Annual statistical returns and brief notes on vaccination in Bengal - 1887-1898
Year: 1887
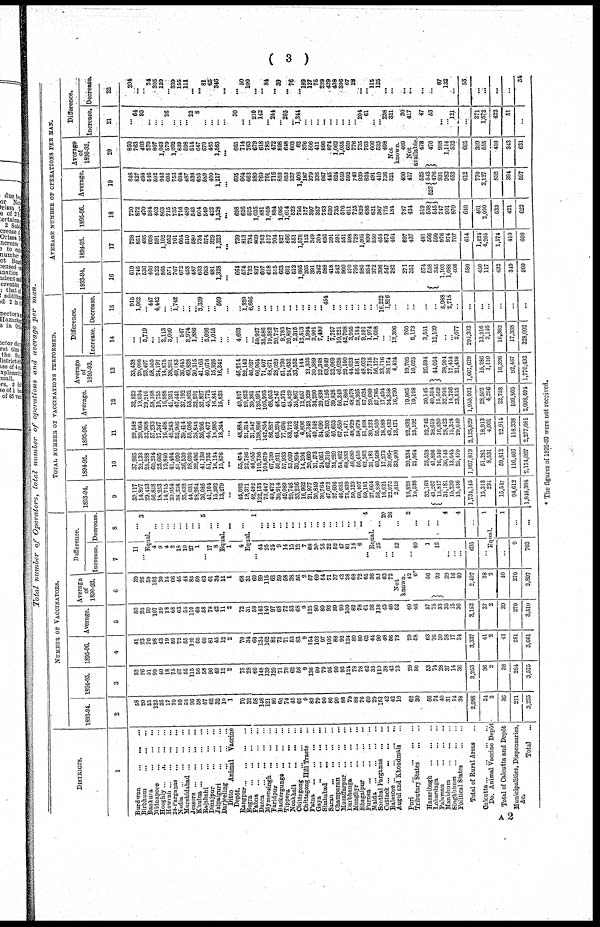
( 3 )
Total number of Operators, total number of operations and average per
man.
DISTRICTS.
1
Burdwan
...
...
...
Birbhum
...
...
...
Bankura
...
...
...
Midnapore
...
...
...
Hooghly... ... ... ...
Howrah
...
...
...
...
24-Parganas
...
... ...
Nadia
...
...
...
...
Murshidabad ... ... ...
Jessore
...
...
...
...
Khulna ...
...
...
...
Rajshahi ... ... ... ...
Dinajpur ... ... ...
Jalparguri
...
...
...
Darjeeling
...
...
...
Ditto Animal
Vaccine
Depôt.
Rangpur
...
...
...
...
Bogra
...
...
...
...
Pabna
...
...
...
...
Dacca
...
...
...
...
Mymenaingh ...
...
...
Faridpur
...
...
...
Backergunga
...
...
...
Tippera
...
...
...
Noakhali
...
...
...
Chittagong
...
...
...
Chittagong Bill Tracts ...
Patna
...
...
...
...
Gaya
...
...
...
...
Shahabad
...
...
...
Saran
...
...
...
...
Champaran
...
...
...
Muzaffarpur
...
...
...
Darbhanga
...
...
...
Monghyr
...
...
...
Bhagalpur
...
...
...
Purnea
...
...
...
...
Malda
...
...
...
...
Sonthal Parganas ... ...
Cuttack ...
...
... ...
Balasore
...
...
...
...
Augul and Khondmals ...
Puri
...
...
...
...
Tributary States
...
...
Hazaribagh
...
...
...
Lohardaga
...
...
...
Palamau
...
...
...
Manbhum
...
...
...
Singhbhum
...
...
...
Political States
...
...
Total of Rural Areas ...
Calcutta
...
...
...
...
Do. Animal Vaccine Depôt
Total of Calcutta and Depôt
Municipalities, Dispensaries,
&c.
Total
...
NUMBER OF VACCINATORS.
1893-94.
2
58
20
55
122
35
17
70
50
53
96
58
57
62
32
10
1
70
32
58
146
121
80
60
74
45
65
9
83
79
90
80
90
86
79
88
76
60
29
153
42
42
10
62
30
56
74
40
31
14
38
2,988
34
2
36
271
3,295
1894-95.
3
52
26
51
99
40
18
75
67
55
115
56
56
90
49
12
2
75
28
60
148
139
129
71
70
62
56
9
136
90
79
95
90
92
124
78
78
62
35
110
38
42
73
29
50
53
74
28
37
14
36
3,253
36
2
38
284
3,575
1895-96.
4
41
23
70
98
43
19
59
72
55
120
66
60
81
45
12
2
70
34
60
134
162
82
73
71
53
83
9
154
102
97
105
88
92
124
80
80
62
44
90
48
56
73
29
58
63
76
30
38
17
34
3,337
41
2
43
281
3,661
Average.
5
50
23
59
107
39
18
68
63
54
110
60
58
78
42
11
2
72
31
59
143
140
97
68
72
53
68
9
125
90
89
93
89
90
109
82
78
61
36
118
43
46
62
40
46
57
75
33
35
15
36
3,192
37
2
39
279
3,510
Average
of
1890-93.
6
39
26
59
103
30
14
66
45
44
83
59
63
61
34
11
1
68
31
60
99
115
62
59
58
38
56
2
57
60
54
71
37
43
28
68
72
65
36
96
63
72
Not
known.
42
6*
56
93
39
16
40
2,497
38
2
40
270
2,807
Difference.
Increase.
7
11
...
Decrease.
8
...
3
Equal.
4
9
4
2
18
10
27
1
... 17
8
...
...
...
...
... ...
...
...
5
...
...
Equal.
1
4
...
...
Equal.
... 44
25
35
9
14
15
12
7
68
30
85
22
52
47
81
14
6
...
1
... ...
...
...
...
...
...
...
...
...
...
...
...
...
...
...
... 4
Equal.
25
...
... 62
... 40
1
15
...
...
...
695
...
... 20
26
2
...
...
...
4
...
4
...
1
Equal.
...
9
703
1
...
...
TOTAL NUMBER OF VACCINATIONS PERFORMED.
1893-94.
9
30,117
14,897
29,453
56,858
18,253
14,715
39,954
38,338
35,632
44,031
28,264
36,085
41,104
15,392
13,279
...
45,092
18,371
42,482
122,133
73,447
49,472
30,914
49,089
29,746
33,256
16,962
21,977
30,849
30,764
47,072
37,606
46,635
75,839
50,123
60,407
59,101
27,664
56,889
16,621
22,975
2,818
16,828
10,538
32,163
41,267
13,817
34,181
15,239
15,436
1,734,145
15,313
234
15,547
94,612
1,844,304
1894-95.
10
37,905
22,139
25,288
60,234
23,665
19,840
41,404
51,020
36,530
58,690
32,496
41,130
51,736
16,134
15,876
...
55,474
22,786
44,055
119,736
104,679
67,799
50,031
57,933
53,069
30,894
14,204
20,660
31,473
24,061
62,310
35,220
54,462
68,383
46,680
56,610
62,362
31,181
60,508
17,273
36,667
33,900
20,234
21,864
25,528
41,896
16,540
36,145
13,645
25,470
1,997,819
51,281
8,531
59,812
116,466
2,174,097
1895-96.
11
29,548
20,064
32,908
57,233
17,347
16,408
42,243
52,966
39,414
58,686
35,843
36,266
44,477
18,995
18,344
...
48,884
21,314
31,547
138,806
142,854
86,887
65,294
77,696
53,772
43,452
6,806
27,349
40,548
34,690
80,203
46,653
67,650
71,471
48,929
58,078
51,408
30,223
55,959
18,589
43,432
13,471
22,832
25,192
32,742
38,619
16,350
28,423
15,324
29,640
2,135,829
18,913
4,001
22,914
118,338
2,277,081
Average.
12
32,523
19,034
29,216
58,108
19,755
16,988
41,201
47,441
37,192
53,802
32,201
37,827
45,772
16,841
15,833
...
49,817
20,823
39,361
126,891
106,993
68.053
48,747
61,573
45,529
35,867
12,657
23,329
34,290
29,838
63,195
39,826
56,249
71,898
48,578
58,365
57,624
29,689
57,785
17,494
34,358
16,730
10,965
19,198
30,145
40,594
15,569
32,916
14,736
23,515
1,955,931
28,502
4,256
32,758
109,805
2,098,494
Average
of
1890-93.
13
33,438
20,096
23,497
58,555
24,197
14,875
38,201
49,183
36,645
49,828
30,315
41,166
40,676
15,826
16,342
...
45,214
22,143
46,027
66,964
71,407
48,671
28,020
51,790
24,632
33,552
144
21,335
30,389
22,348
63,649
32,069
46,028
29,190
44,623
56,181
48,033
27,715
56,177
33,716
36,174
4,424
19,705
10,025
26,594
44,054
38,904
17,454
21,438
1,661,629
15,286
1,110
16,396
92,467
1,770,492
Difference.
Increase.
14
...
... 5,719
...
...
2,113
3,000
... 547
3,974
1,886
... 5,096
1,015
...
...
4,603
...
...
59,927
35,586
19,382
20,727
9,783
20,897
2,315
12,513
1,994
3,901
7,490
... 7,757
10,221
42,708
3,955
2,184
9,591
1,974
1,608
...
... 12,306
260
9,173
3,551
12,109
...
... 2,077
294,302
13,216
3,146
16,362
17,338
328,002
Decrease.
15
915
1,062
... 447
4,442
...
... 1,742
...
...
... 3,339
...
... 509
...
... 1,320
6,666
...
...
... ...
...
...
...
...
...
...
... 454
...
...
...
... ...
...
...
... 16,222
1,816
...
...
...
...
...
5,988
2,718
...
...
...
...
...
...
...
AVERAGE NUMBER OF OPERATIONS PER MAN.
1893-94.
16
519
745
536
466
522
865
571
767
672
458
487
633
663
481
1,328
...
664
574
732
837
607
618
515
663
661
512
1,885
265
391
342
588
418
542
960
570
795
985
954
372
396
547
282
271
351
574
558
345
1,103
1,088
406
580
450
117
432
349
560
1894-95.
17
728
851
495
608
591
1,102
552
761
664
510
580
734
574
329
1,323
...
739
813
734
809
753
517
704
827
856
551
1,578
152
349
304
655
391
591
551
598
728
1,005
890
550
454
873
464
697
437
481
566
590
976
974
707
614
1,424
4,265
1,574
410
608
1895-96.
18
720
872
470
584
403
863
715
735
716
489
543
604
549
422
1,528
...
698
626
625
1,035
881
1,059
894
1,095
1,014
523
756
177
397
357
763
530
735
576
611
725
829
686
621
387
775
184
787
434
519
508
545
747
901
870
640
461
2,000
533
421
622
Average.
19
646
827
498
546
502
943
605
753
684
487
536
655
589
400
1,217
...
695
664
663
889
760
701
716
859
853
527
1,406
187
379
336
667
445
624
659
592
748
939
824
491
410
736
321
499
417
525
523 543
476
931
982
653
612
770
2,127
832
394
597
Average
of
1890-93.
20
850
763
403
570
807
1,063
579
1,092
839
598
514
647
670
465
1,563
...
665
714
763
679
618
785
472
898
648
603
62
376
506
411
896
874
1,062
1,055
659
776
735
763
606
535
498
Not
known.
469
Not
available.
478
470
998
1,114
532
665
399
555
410
343
631
Difference.
Increase.
21
...
64
95
...
...
... 26
...
...
... 22
8
...
...
...
...
30
...
... 210
142
... 244
... 205
... 1,344
...
...
...
...
...
...
...
...
... 204
61
...
... 238
321
30
417
47
53
...
... 121
...
371
1,572
422
51
...
Decrease.
22
204
...
... 24
305
120
... 339
155
111
... ... 81
65
346
...
... 50
100
...
... 84
... 39
... 76
... 189
127
75
229
429
438
396
67
28
...
... 115
125
...
...
...
...
...
...
67
132
...
53
...
...
...
...
34
* The figures of 1892-93 were not received.
A2